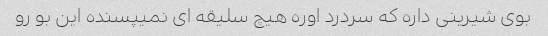
بوی شیرینی داره که سردرد اوره هیچ سلیقه ای نمیپسنده این بو رو